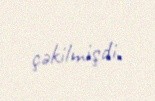
çəkilmişdi.